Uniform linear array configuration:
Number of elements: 4
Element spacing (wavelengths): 0.5
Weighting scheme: binomial
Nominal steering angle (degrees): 45
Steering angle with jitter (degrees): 43.314
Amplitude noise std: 0.05
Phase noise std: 0.05

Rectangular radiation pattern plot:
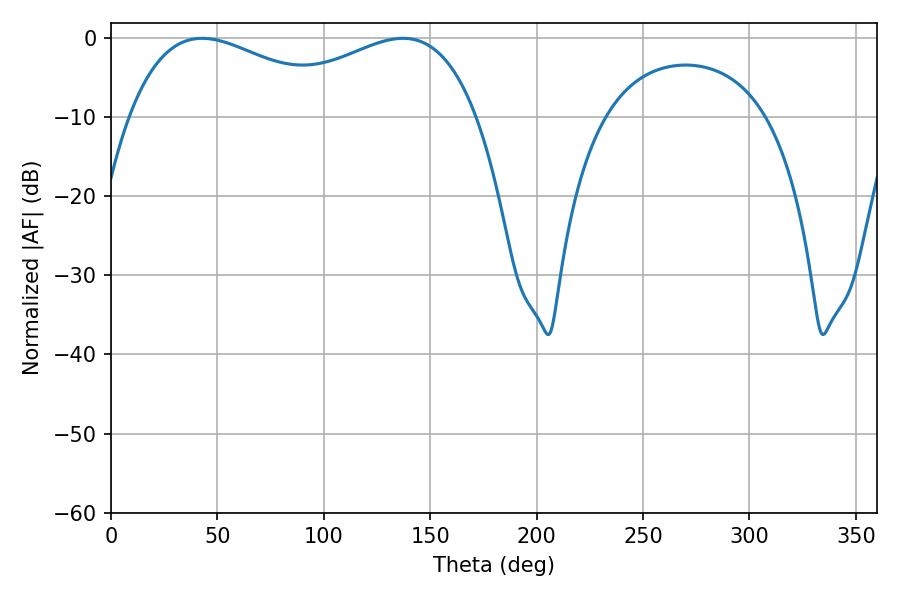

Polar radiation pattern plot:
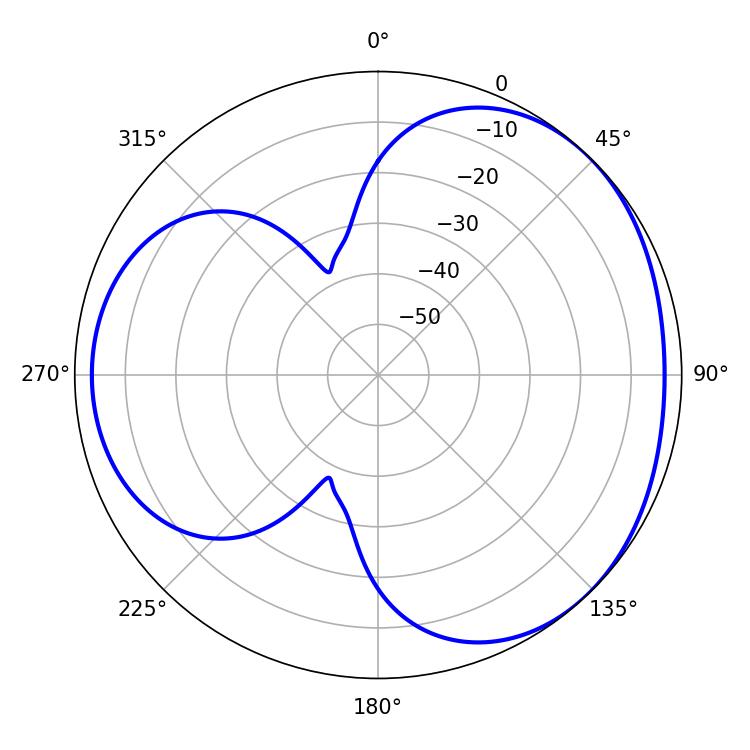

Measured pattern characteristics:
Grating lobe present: FALSE
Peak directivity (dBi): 3.285
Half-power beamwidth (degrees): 57.06
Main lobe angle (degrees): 42.84